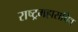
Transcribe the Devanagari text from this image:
राष्ट्रमहासचिव